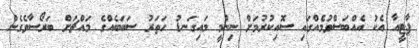
ޕާޓީއާ އެކު އެއްބަސްވުމެއްގައި ސޮއިކުރުމަށް ނިންމީ މައިގަނޑު ހަތަރު ސަބަބެއްގެ މައްޗަށް ބަރޯސާވެގެން